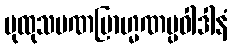
ပုထုသမဏဗြာဟ္မဏပ္ပဝါဒါနံ